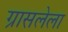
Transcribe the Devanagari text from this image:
ग्रासलेला